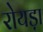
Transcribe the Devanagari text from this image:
रोयड़ा